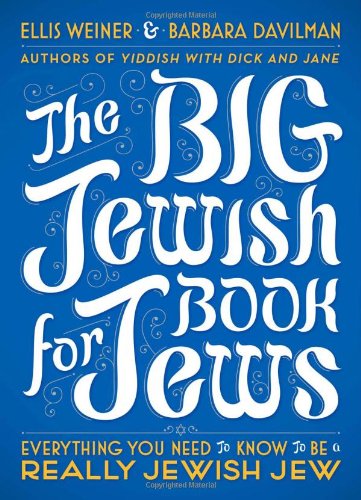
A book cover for The Big Jewish Book for Jews: Everything You Need to Know to Be a Really Jewish Jew; Ellis Weiner; Humor & Entertainment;